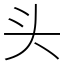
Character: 头